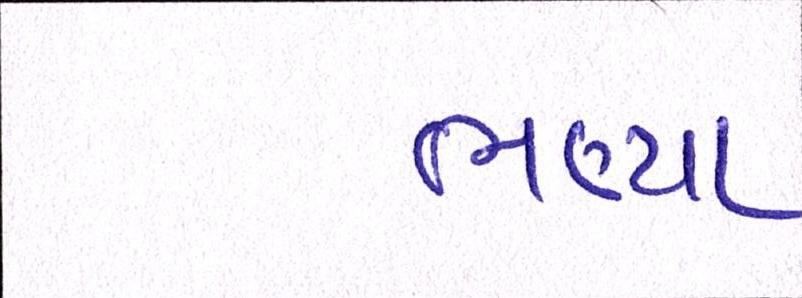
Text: ભણ્યા